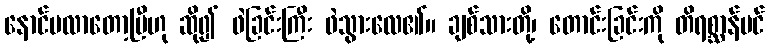
နောင်မလာတော့ပြီဟု ဆို၍ ဖဲခြင်းကြီး ဖဲသွားလေ၏။ ချစ်သားတို့၊ တောင်းခြင်းကို တိရစ္ဆာန်ပင်